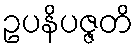
ဥပနိပဇ္ဇတိ